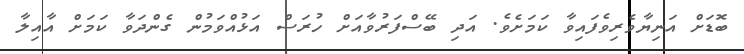
ބޮޑަށް އަނިޔާވެރިވެފައިވާ ކަމަށެވެ. އަދި ބޭސްފަރުވާއަށް ހުރަސް އަޅުއްވަމުން ގެންދަވާ ކަމަށް އާއިލާ